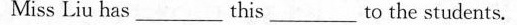
MissLiu has___this___ to the students.